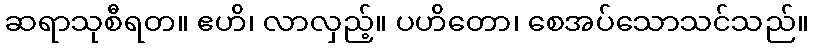
ဆရာသုစီရတ။ ဧဟိ၊ လာလှည့်။ ပဟိတော၊ စေအပ်သောသင်သည်။